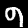
Label: 9